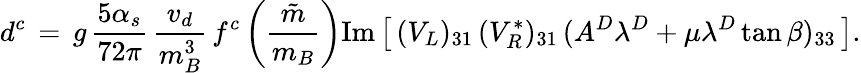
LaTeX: d^{c}\, =\, g\, {\frac{5\alpha_{s}}{72\pi}}\, {\frac{v_{d}}{m_{B}^{3}}}\, f^{c}\left({\frac{\tilde{m}}{m_{B}}}\right)\mathrm{Im}\left[\, (V_{L})_{31}\, (V_{R}^{*})_{31}\, (A^{D}\lambda^{D}+\mu\lambda^{D}\tan\beta)_{33}\, \right].